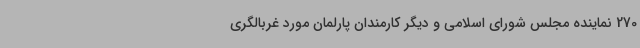
270 نماینده مجلس شورای اسلامی و دیگر کارمندان پارلمان مورد غربالگری